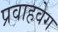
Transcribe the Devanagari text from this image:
प्रवाहवेग